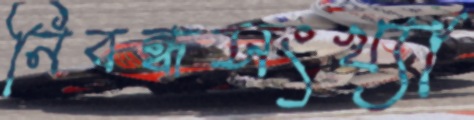
নিবন্ধসংখ্যা